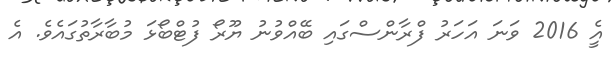
އެީ 2016 ވަނަ އަހަރު ފްރާންސްގައި ބޭއްވުނު ޔޫރޯ ފުޓްބޯޅަ މުބާރާތުގައެވެ. އެ